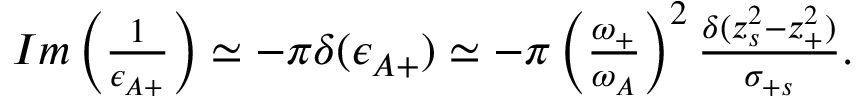
\begin{array} { r } { I m \left( \frac { 1 } { \epsilon _ { A + } } \right) \simeq - \pi \delta ( \epsilon _ { A + } ) \simeq - \pi \left( \frac { \omega _ { + } } { \omega _ { A } } \right) ^ { 2 } \frac { \delta ( z _ { s } ^ { 2 } - z _ { + } ^ { 2 } ) } { \sigma _ { + s } } . } \end{array}